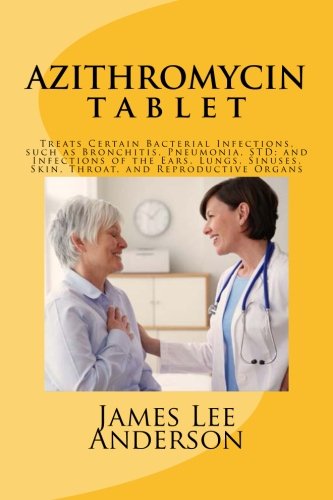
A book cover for AZITHROMYCIN Tablet: Treats Certain Bacterial Infections, such as Bronchitis, Pneumonia, STD; and Infections of the Ears, Lungs, Sinuses, Skin, Throat, and Reproductive Organs; James Lee Anderson; Health, Fitness & Dieting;